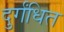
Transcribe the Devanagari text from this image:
दुर्गंधित